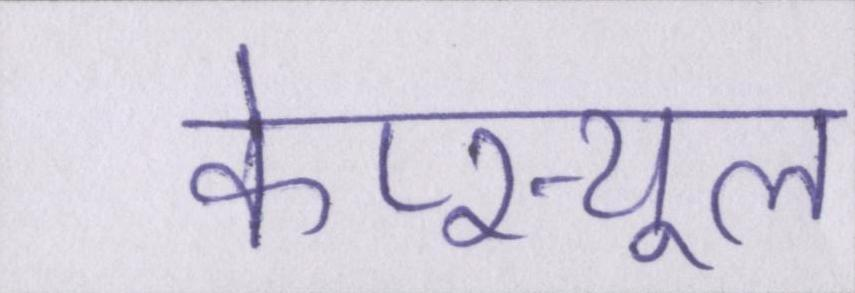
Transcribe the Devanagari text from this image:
केप्स्यूल